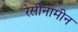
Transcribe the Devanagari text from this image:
रेसीनामीन